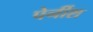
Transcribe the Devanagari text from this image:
पेर्नीश